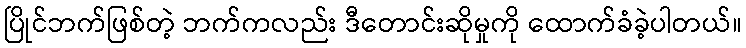
ပြိုင်ဘက်ဖြစ်တဲ့ ဘက်ကလည်း ဒီတောင်းဆိုမှုကို ထောက်ခံခဲ့ပါတယ်။